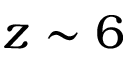
z \sim 6